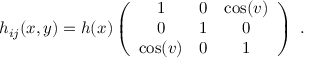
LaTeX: h _ { i j } ( x , y ) = h ( x ) \left( \begin{array} { c c c } { { 1 } } & { { 0 } } & { { \cos ( v ) } } \\ { { 0 } } & { { 1 } } & { { 0 } } \\ { { \cos ( v ) } } & { { 0 } } & { { 1 } } \end{array} \right) \, \, .